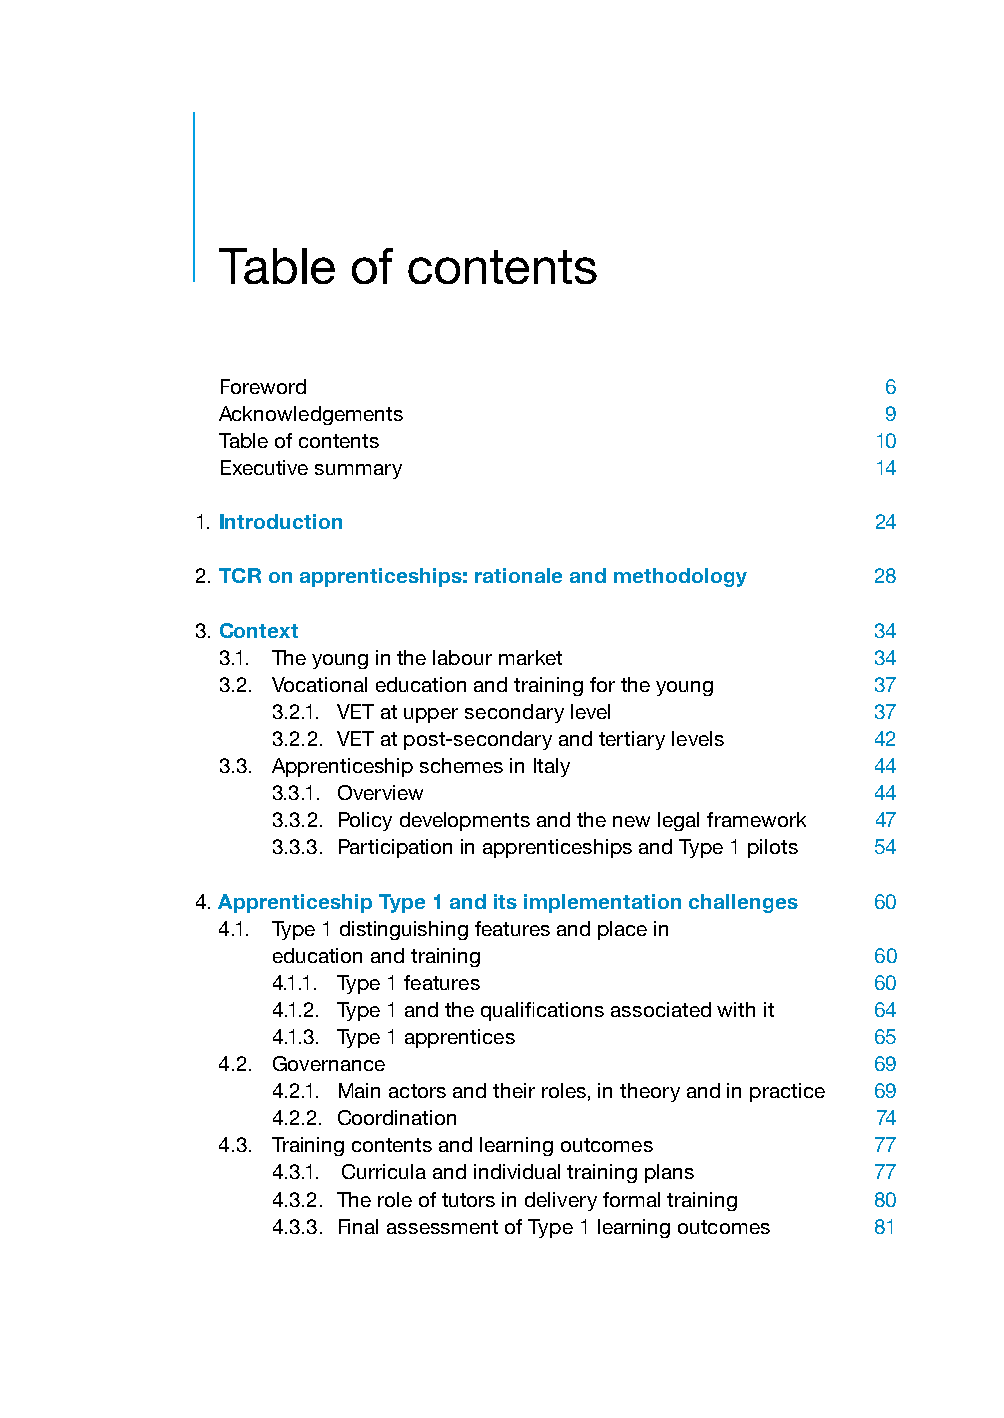
Table    of  contents
 Foreword                                     6
 Acknowledgements                             9
 Table of contents                           10
 Executive summary                           14
 1. Introduction                              24
 2. TCR on apprenticeships: rationale and methodology 28
 3. Context                                   34
 3.1. The young in the labour market         34
 3.2. V ocational education and training for the young 37
 3.2.1. VET at upper secondary level     37
 3.2.2. VET at post-secondary and tertiary levels 42
 3.3. Apprenticeship schemes in Italy        44
 3.3.1. Overview                         44
 3.3.2. Policy developments and the new legal framework 47
 3.3.3. Participation in apprenticeships and Type 1 pilots 54
 4. Apprenticeship Type 1 and its implementation challenges 60
 4.1. T ype 1 distinguishing features and place in
 education and training                  60
 4.1.1. Type 1 features                  60
 4.1.2. Type 1 and the qualifications associated with it 64
 4.1.3. Type 1 apprentices               65
 4.2. Governance                             69
 4.2.1. Main actors and their roles, in theory and in practice 69
 4.2.2. Coordination                     74
 4.3. Training contents and learning outcomes 77
 4.3.1. Curricula and individual training plans 77
 4.3.2. The role of tutors in delivery formal training 80
 4.3.3. Final assessment of Type 1 learning outcomes 81